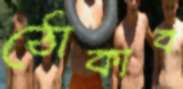
ঠোকাব